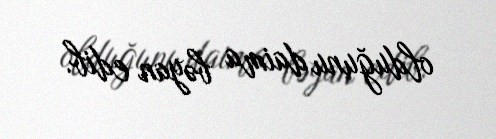
olduğunu daima bəyan edib.